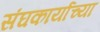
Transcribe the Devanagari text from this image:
संघकार्याच्या